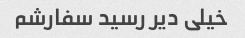
خیلی دیر رسید سفارشم